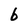
Character: b